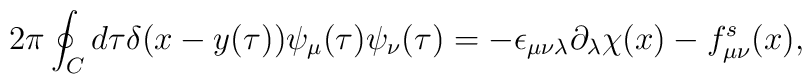
2\pi\oint_{C}d\tau \delta (x-y(\tau))     \psi_{\mu}(\tau)\psi_{\nu}(\tau)     =-\epsilon_{\mu\nu\lambda}\partial_{\lambda}\chi(x)    -f_{\mu\nu}^{s}(x),